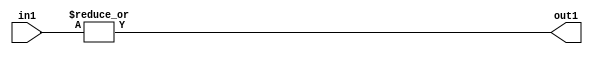
`timescale 1ps / 1ps
/*****************************************************************************
    Verilog RTL Description
    
    
    Created by: Stratus DpOpt 2019.1.01 
*******************************************************************************/

module feature_write_addr_gen_OrReduction_4U_1U_4 (
	in1,
	out1
	); /* architecture "behavioural" */ 
input [3:0] in1;
output  out1;
wire  asc001;

assign asc001 = 
	(|in1);

assign out1 = asc001;
endmodule

/* CADENCE  urfzTAE= : u9/ySgnWtBlWxVPRXgAZ4Og= ** DO NOT EDIT THIS LINE ******/